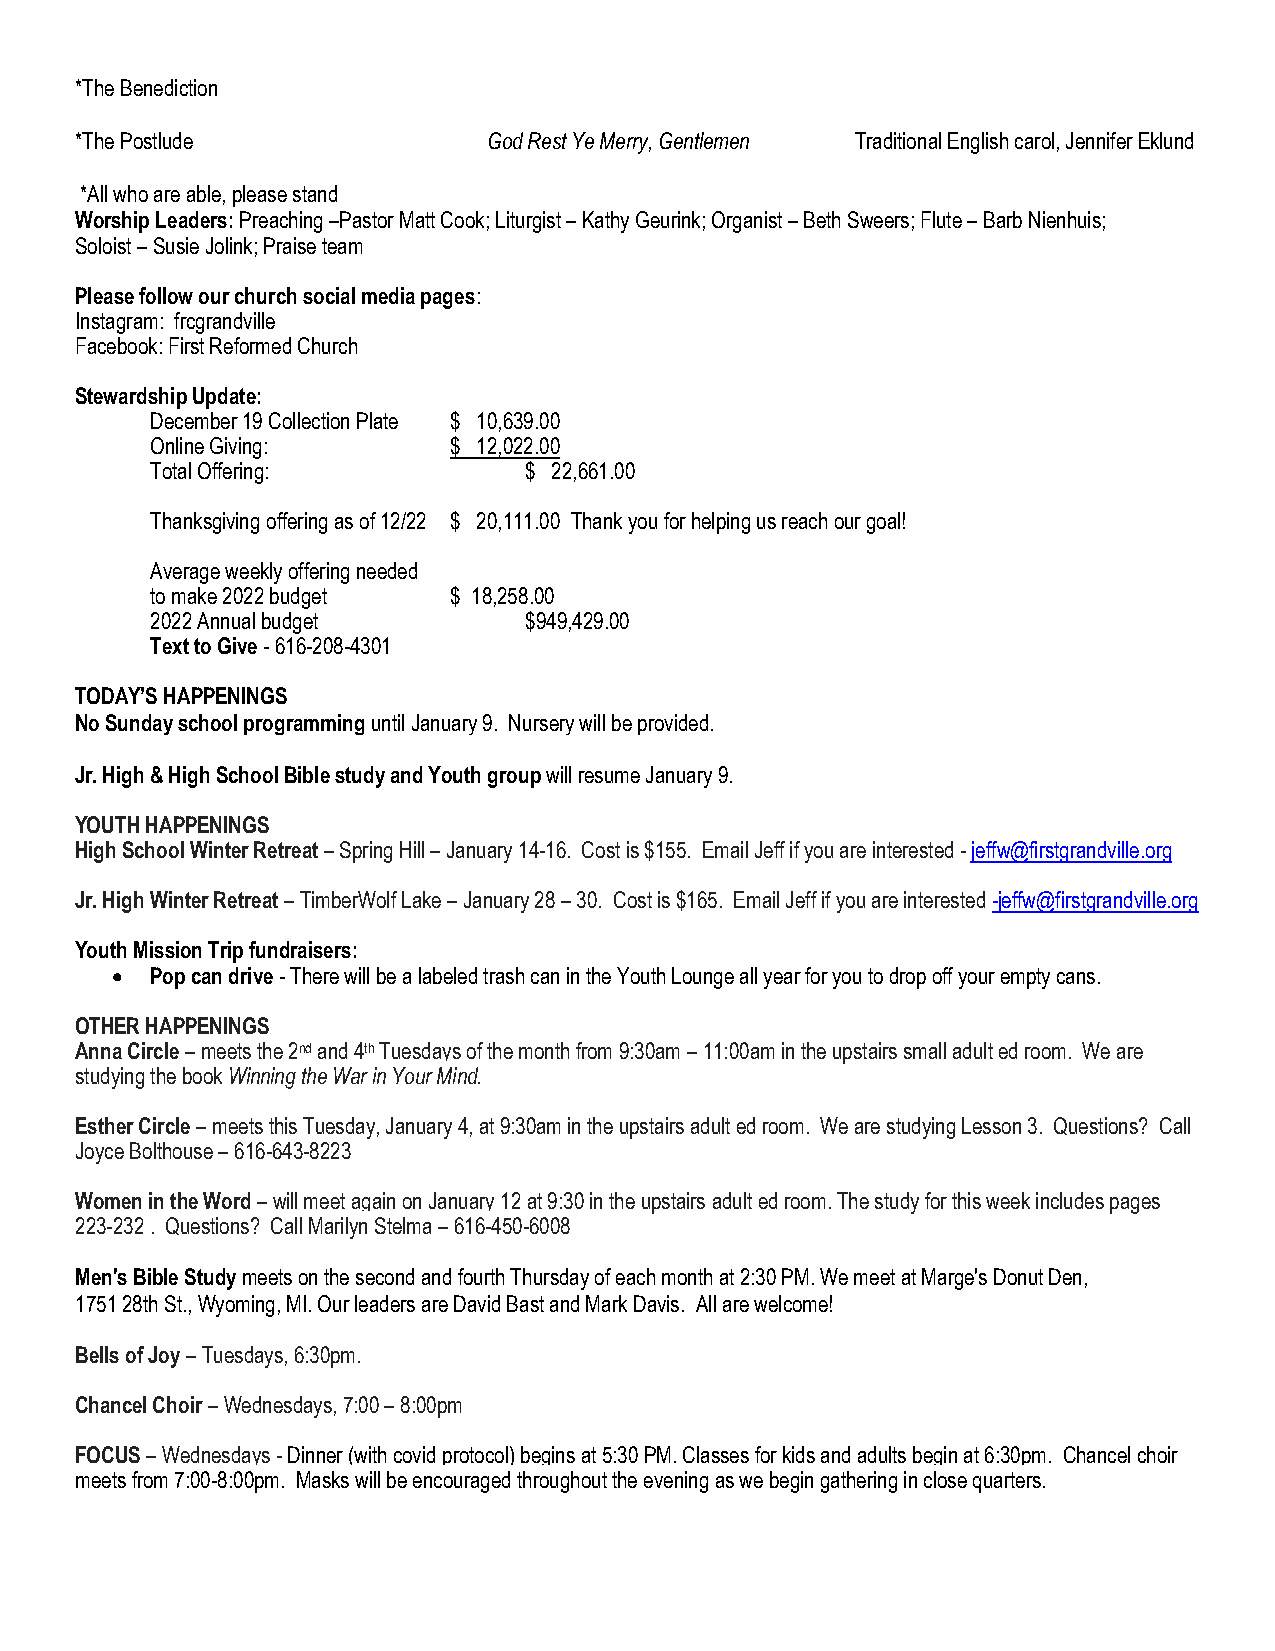
*The Benediction
 *The Postlude              God Rest Ye Merry, Gentlemen Traditional English carol, Jennifer Eklund
 *All who are able, please stand
 Worship Leaders: Preaching –Pastor Matt Cook; Liturgist – Kathy Geurink; Organist – Beth Sweers; Flute – Barb Nienhuis;
 Soloist – Susie Jolink; Praise team
 Please follow our church social media pages:
 Instagram: frcgrandville
 Facebook: First Reformed Church
 Stewardship Update:
 December 19 Collection Plate $ 10,639.00
 Online Giving:      $ 12,022.00
 Total Offering:          $ 22,661.00
 Thanksgiving offering as of 12/22 $ 20,111.00 Thank you for helping us reach our goal!
 Average weekly offering needed
 to make 2022 budget $ 18,258.00
 2022 Annual budget       $949,429.00
 Text to Give - 616-208-4301
 TODAY’S HAPPENINGS
 No Sunday school programming until January 9. Nursery will be provided.
 Jr. High & High School Bible study and Youth group will resume January 9.
 YOUTH HAPPENINGS
 High School Winter Retreat – Spring Hill – January 14-16. Cost is $155. Email Jeff if you are interested - jeffw@firstgrandville.org
 Jr. High Winter Retreat – TimberWolf Lake – January 28 – 30. Cost is $165. Email Jeff if you are interested -jeffw@firstgrandville.org
 Youth Mission Trip fundraisers:
   Pop can drive - There will be a labeled trash can in the Youth Lounge all year for you to drop off your empty cans.
 OTHER HAPPENINGS
 Anna Circle – meets the 2nd and 4th Tuesdays of the month from 9:30am – 11:00am in the upstairs small adult ed room. We are
 studying the book Winning the War in Your Mind.
 Esther Circle – meets this Tuesday, January 4, at 9:30am in the upstairs adult ed room. We are studying Lesson 3. Questions? Call
 Joyce Bolthouse – 616-643-8223
 Women in the Word – will meet again on January 12 at 9:30 in the upstairs adult ed room. The study for this week includes pages
 223-232 . Questions? Call Marilyn Stelma – 616-450-6008
 Men's Bible Study meets on the second and fourth Thursday of each month at 2:30 PM. We meet at Marge's Donut Den,
 1751 28th St., Wyoming, MI. Our leaders are David Bast and Mark Davis. All are welcome!
 Bells of Joy – Tuesdays, 6:30pm.
 Chancel Choir – Wednesdays, 7:00 – 8:00pm
 FOCUS – Wednesdays - Dinner (with covid protocol) begins at 5:30 PM. Classes for kids and adults begin at 6:30pm. Chancel choir
 meets from 7:00-8:00pm. Masks will be encouraged throughout the evening as we begin gathering in close quarters.